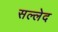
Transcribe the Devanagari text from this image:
सल्लेद